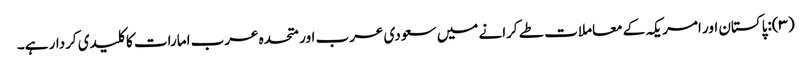
(۳):پاکستان اور امریکہ کے معاملات طے کرانے میں سعودی عرب اور متحدہ عرب امارات کا کلیدی کردار ہے۔